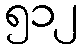
၅၁၂